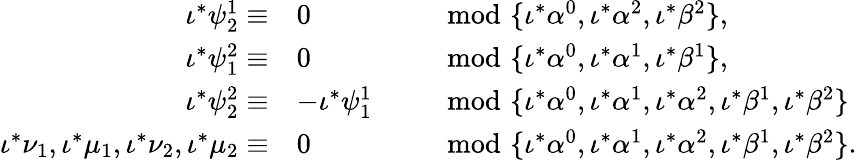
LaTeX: \begin{array}{rlrl}{\iota^{*}\psi_{2}^{1}\equiv}&{0}&&{\mod\{ \iota^{*}\alpha^{0},\iota^{*}\alpha^{2},\iota^{*}\beta^{2}\} ,}\\ {\iota^{*}\psi_{1}^{2}\equiv}&{0}&&{\mod\{ \iota^{*}\alpha^{0},\iota^{*}\alpha^{1},\iota^{*}\beta^{1}\} ,}\\ {\iota^{*}\psi_{2}^{2}\equiv}&{-\iota^{*}\psi_{1}^{1}}&&{\mod\{ \iota^{*}\alpha^{0},\iota^{*}\alpha^{1},\iota^{*}\alpha^{2},\iota^{*}\beta^{1},\iota^{*}\beta^{2}\} }\\ {\iota^{*}\nu_{1},\iota^{*}\mu_{1},\iota^{*}\nu_{2},\iota^{*}\mu_{2}\equiv}&{0}&&{\mod\{ \iota^{*}\alpha^{0},\iota^{*}\alpha^{1},\iota^{*}\alpha^{2},\iota^{*}\beta^{1},\iota^{*}\beta^{2}\} .}\end{array}